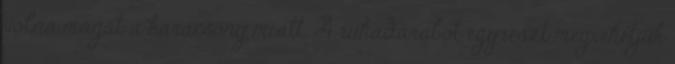
volna magát a karácsony miatt. A ruhadarabot egyrészt megvehetjük